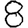
Digit: 8